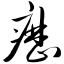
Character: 疬